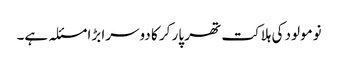
نومولود کی ہلاکت تھر پار کر کا دوسرا بڑا مسئلہ ہے۔